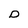
Character: D